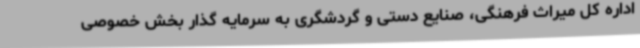
اداره کل میراث فرهنگی، صنایع دستی و گردشگری به سرمایه گذار بخش خصوصی